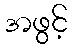
အဖွင့်